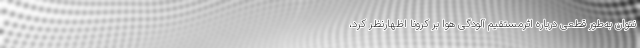
نتوان به‌طور قطعی درباره اثرمستقیم آلودگی هوا بر کرونا اظهارنظر کرد،